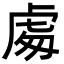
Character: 䖏